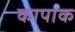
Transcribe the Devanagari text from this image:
कापाक